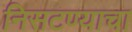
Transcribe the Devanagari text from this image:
निसटण्याचा